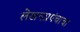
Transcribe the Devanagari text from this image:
लेखनप्रपंचाचा